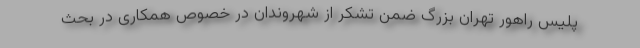
پلیس راهور تهران بزرگ ضمن تشکر از شهروندان در خصوص همکاری در بحث